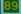
89